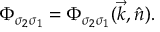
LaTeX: { \mit \Phi } _ { \sigma _ { 2 } \sigma _ { 1 } } = { \mit \Phi } _ { \sigma _ { 2 } \sigma _ { 1 } } ( \vec { k } , \hat { n } ) .